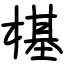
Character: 樭